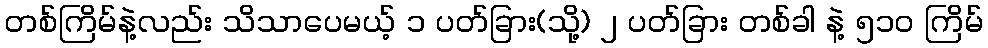
တစ်ကြိမ်နဲ့လည်း သိသာပေမယ့် ၁ ပတ်ခြား(သို့) ၂ ပတ်ခြား တစ်ခါ နဲ့ ၅၁၀ ကြိမ်